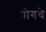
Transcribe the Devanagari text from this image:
योगचे